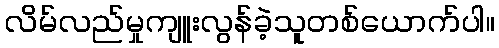
လိမ်လည်မှုကျူးလွန်ခဲ့သူတစ်ယောက်ပါ။